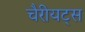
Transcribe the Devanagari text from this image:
चैरीयट्स